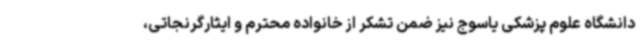
دانشگاه علوم پزشکی یاسوج نیز ضمن تشکر از خانواده محترم و ایثارگرنجاتی،